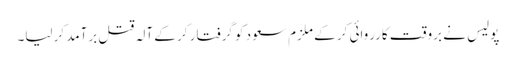
پولیس نے بروقت کارروائی کر کے ملزم سعود کو گرفتار کر کے آلہ قتل برآمد کرلیا۔